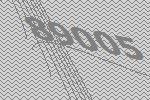
89005